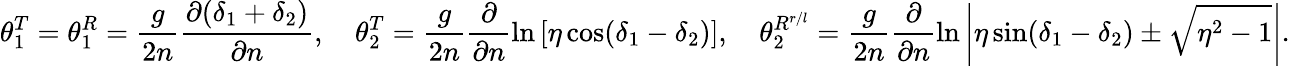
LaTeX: \theta_{1}^{T}=\theta_{1}^{R}=\frac{g}{2n}\frac{\partial(\delta_{1}+\delta_{2})}{\partial n},\ \ \ \ \theta_{2}^{T}=\frac{g}{2n}\frac{\partial}{\partial n}\ln\left[\eta\cos(\delta_{1}-\delta_{2})\right],\ \ \ \ \theta_{2}^{R^{r/l}}=\frac{g}{2n}\frac{\partial}{\partial n}\ln\left|\eta\sin(\delta_{1}-\delta_{2})\pm\sqrt{\eta^{2}-1}\right|.